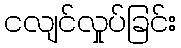
ငလျင်လှုပ်ခြင်း